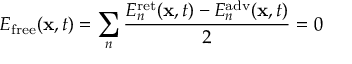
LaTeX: E _ { \mathrm { f r e e } } ( \mathbf { x } , t ) = \sum _ { n } { \frac { E _ { n } ^ { \mathrm { r e t } } ( \mathbf { x } , t ) - E _ { n } ^ { \mathrm { a d v } } ( \mathbf { x } , t ) } { 2 } } = 0